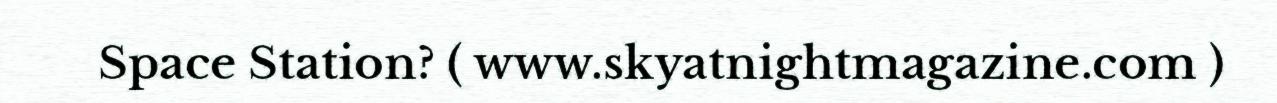
Space Station? ( www.skyatnightmagazine.com )